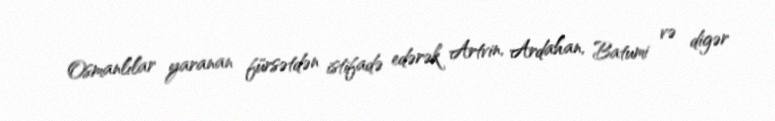
Osmanlılar yaranan fürsətdən istifadə edərək Artvin, Ardahan, Batumi və digər